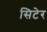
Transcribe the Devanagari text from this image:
सिटेर